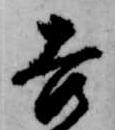
吉